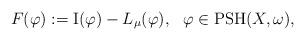
LaTeX: \begin{align*}F(\varphi) := {\rm I}(\varphi) -L_{\mu}(\varphi), \ \ \varphi \in \textup{PSH}(X,\omega),\end{align*}